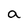
Character: a